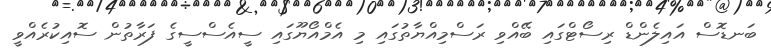
ބަނޑޮސް އައިލެންޑް ރިސޯޓްގައި ބޭއްވި ރަސްމިއްޔާތުގައި މި އެމްއޯޔޫގައި ސީއެސްސީގެ ފަރާތުން ސޮއިކުރެއްވީ